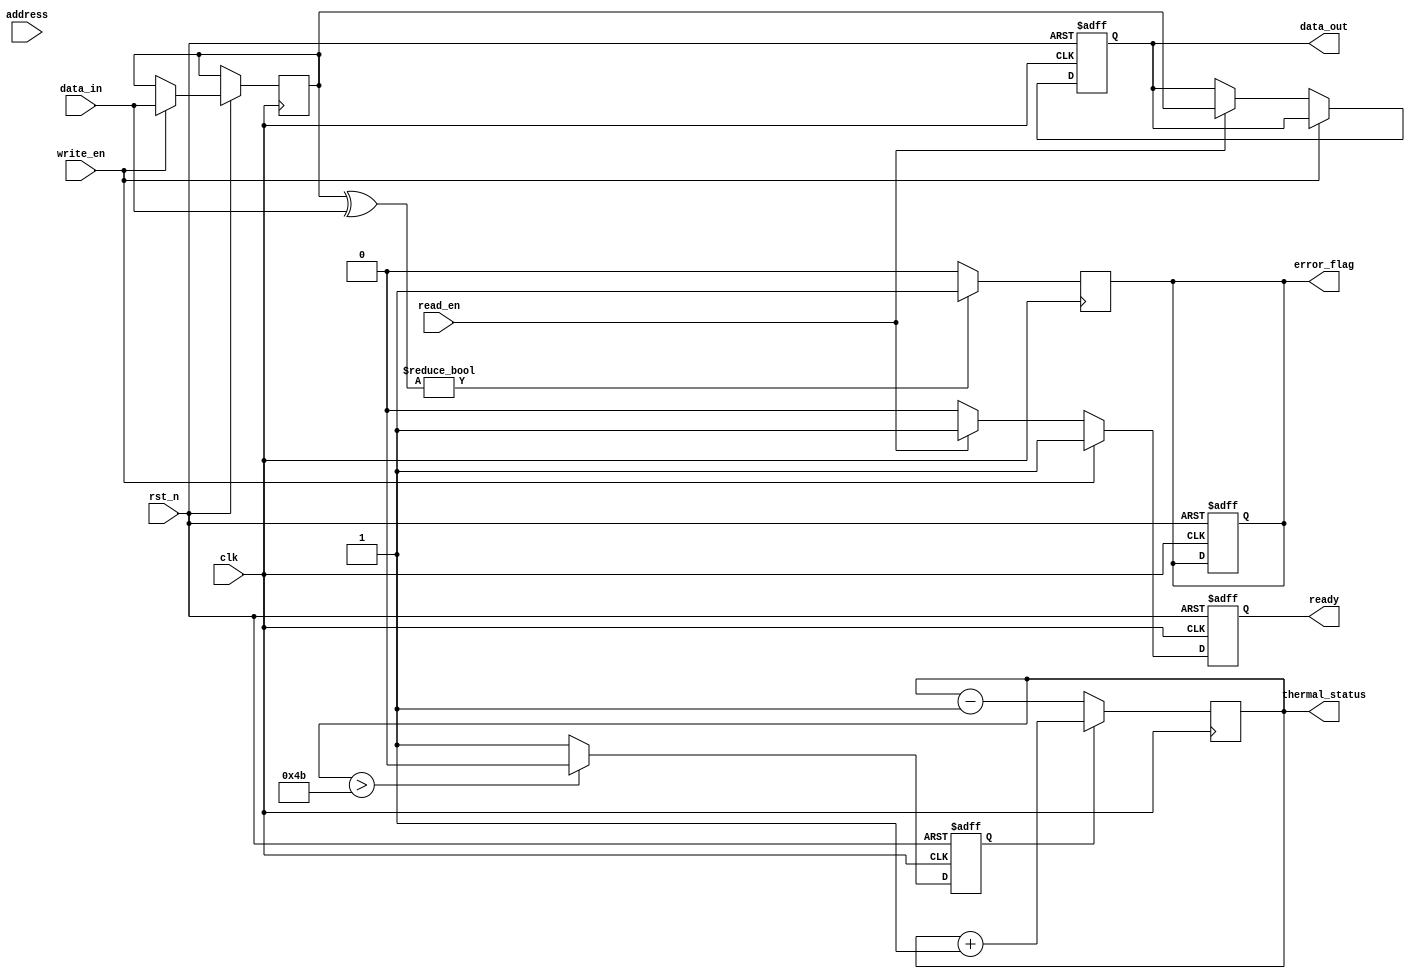
module IO_Block (
    input wire clk,
    input wire rst_n,
    input wire [7:0] data_in,
    output reg [7:0] data_out,
    input wire [15:0] address,
    input wire read_en,
    input wire write_en,
    output reg ready,
    output reg error_flag,
    output reg [7:0] thermal_status
);

// Data I/O Buffers
reg [7:0] data_buffer;

// Control Signal Interfaces
reg read_cmd;
reg write_cmd;

// Address Decoders
wire [3:0] bank;
wire [3:0] row;
assign bank = address[15:12];  // Example: 4 bits for bank address
assign row = address[11:8];    // Example: 4 bits for row address

// Power Management Circuits
reg power_enable;

// Clock Distribution Network
reg clk_dist;

// Data Path Control Logic
always @(posedge clk or negedge rst_n) begin
    if (!rst_n) begin
        data_out <= 8'b0;
        ready <= 1'b0;
        error_flag <= 1'b0;
        power_enable <= 1'b1;  // Power on
    end else begin
        if (write_en) begin
            // Write operation
            data_buffer <= data_in;
            ready <= 1'b1;
            write_cmd <= 1'b1;
            // Simulate data write to memory
        end else if (read_en) begin
            // Read operation
            data_out <= data_buffer;  // Simulating a read from the buffer
            ready <= 1'b1;
            read_cmd <= 1'b1;
        end else begin
            ready <= 1'b0;
        end
        
        // Power management example
        if (thermal_status > 8'd75) begin  // Example threshold
            power_enable <= 1'b0; // Power down
        end else begin
            power_enable <= 1'b1; // Normal operation
        end
    end
end

// Error Detection and Correction (EDAC)
// Simple parity check for error detection
always @(posedge clk) begin
    if (data_buffer ^ data_in) begin
        error_flag <= 1'b1; // Error detected
    end else begin
        error_flag <= 1'b0; // No error
    end
end

// Thermal Management example
always @(posedge clk) begin
    // Simulating temperature monitoring
    if (power_enable) begin
        thermal_status <= thermal_status + 1; // Simulate temperature increase
    end else begin
        thermal_status <= thermal_status - 1; // Simulate cooling down
    end
end

endmodule